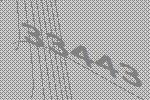
33443